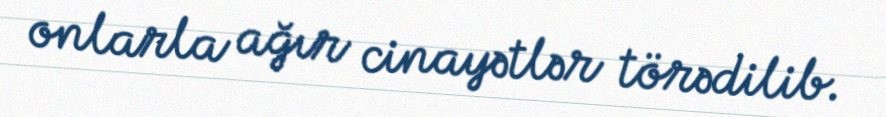
onlarla ağır cinayətlər törədilib.